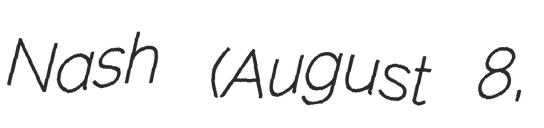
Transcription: Nash (August 8,